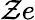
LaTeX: \mathcal{Z}e